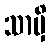
သာမှိ